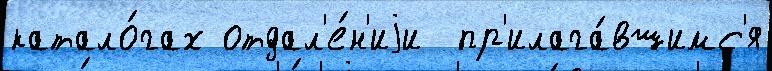
катало́гах отдал'е́н'иjи  пр'илага́вшимс'я